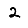
Digit: 2